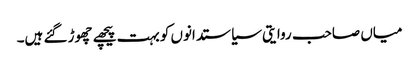
میاں صاحب روایتی سیاستدانوں کو بہت پیچھے چھوڑ گئے ہیں۔